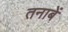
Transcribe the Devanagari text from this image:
तनाबें